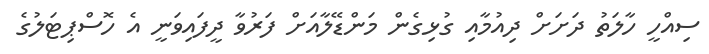
ސިއްހީ ހާލަތު ދަށަށް ދިއުމާއި ގުޅިގެން މަންޑޭލާއަށް ފަރުވާ ދީފައިވަނީ އެ ހޮސްޕިޓަލުގެ